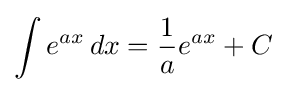
\int e^{ax}\,dx={\frac {1}{a}}e^{ax}+C